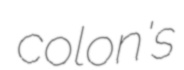
colon's